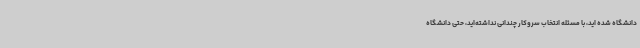
دانشگاه شده اید، با مسئله انتخاب سروکار چندانی نداشته‌اید، حتی دانشگاه